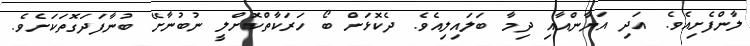
ލާންފެށިއެވެ. އަދި އަޔާންއާއި ދިމާ ބަލައިލިއެވެ. ދެކޮޅަށް ބޯ ހަރަކާތްކޮށްލީ ނުބުނާށޭ ބުނާފަދަގޮތަކަށެވެ.